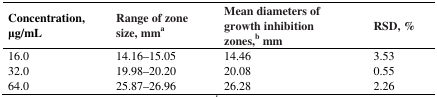
| Concentration, μg/mL | Range of zone size, mma | Mean diameters of growth inhibition zones,b mm | RSD, % |
 | --- | --- | --- | --- |
 | 16.0 | 14.16–15.05 | 14.46 | 3.53 |
 | 32.0 | 19.98–20.20 | 20.08 | 0.55 |
 | 64.0 | 25.87–26.96 | 26.28 | 2.26 |